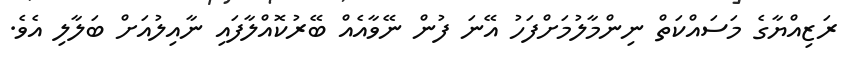
ރަޒިއްޔާގެ މަސައްކަތް ނިންމާލުމަށްފަހު އޭނަ ފުން ނޭވާއެއް ބޭރުކޮއްލާފައި ނާއިލުއަށް ބަލާލި އެވެ.